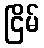
ငြိမ်